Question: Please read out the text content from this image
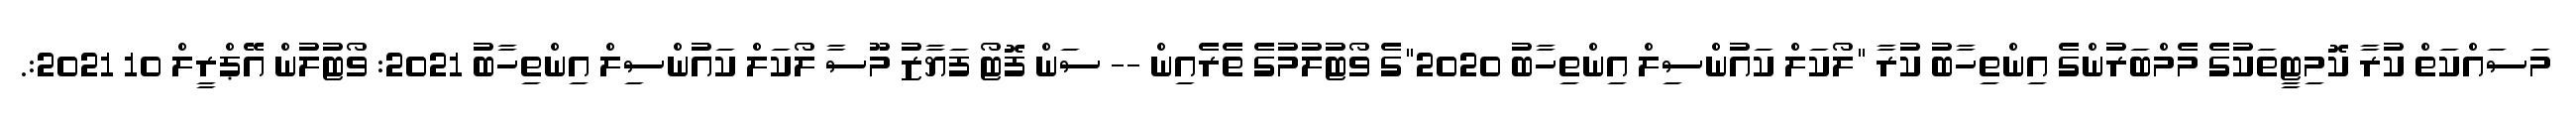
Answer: މަސައްކަތް ކުރާ ކޮމިޓީތަކުގެ މެމްބަރުންގެ އިންތިހާބު ކުރާ "ލޯކަލް ކައުންސިލް އިންތިހާބު 2020"ގެ ވޯޓުލުމުގެ ތެރެއިން -- ސަން ފޮޓޯ ފަޔާޒު މޫސާ ލޯކަލް ކައުންސިލް އިންތިހާބު 2021: ވޯޓުލުން އޭޕްރީލް 10 2021:.